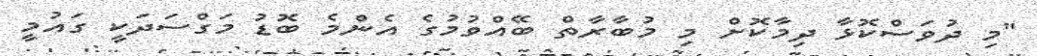
"މި ދުވަސްކޮޅާ ދިމާކޮށް މި މުބާރާތް ބޭއްވުމުގެ އެންމެ ބޮޑު މަގްސަދަކީ ގައުމީ